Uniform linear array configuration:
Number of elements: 64
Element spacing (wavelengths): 0.5
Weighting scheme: blackman
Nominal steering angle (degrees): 45
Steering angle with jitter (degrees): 43.544
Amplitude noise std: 0.05
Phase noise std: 0.05

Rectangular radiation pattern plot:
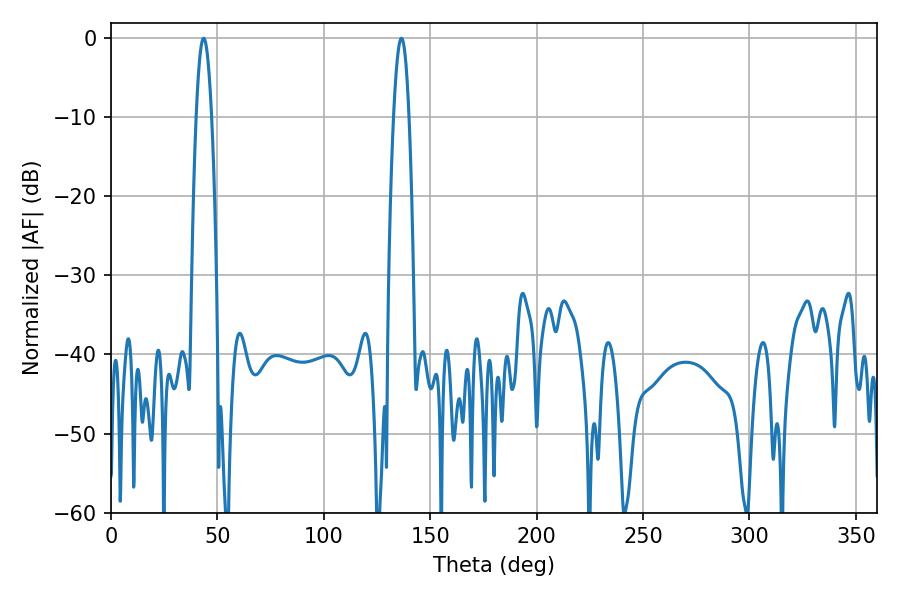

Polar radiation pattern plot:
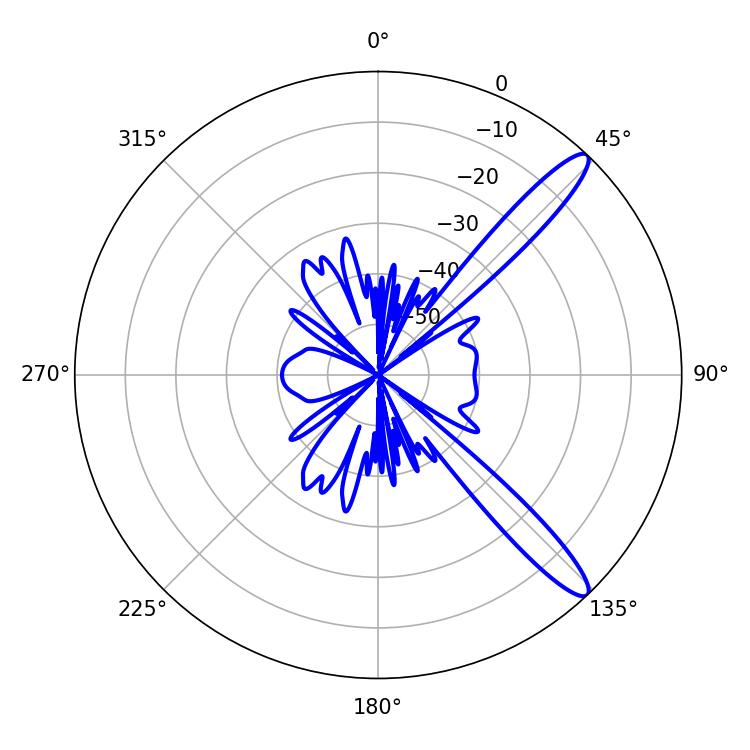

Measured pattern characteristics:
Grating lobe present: FALSE
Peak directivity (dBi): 12.848
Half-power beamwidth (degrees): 3.96
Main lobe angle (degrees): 43.56